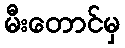
မီးတောင်မှ